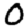
Digit: 0